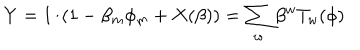
LaTeX: Y = 1 / ( 1 - \beta _ { m } \phi _ { m } + X ( \beta ) ) = \sum _ { w } \beta ^ { w } T _ { w } ( \phi )